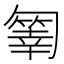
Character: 𠤄